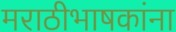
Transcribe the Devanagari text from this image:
मराठीभाषकांना